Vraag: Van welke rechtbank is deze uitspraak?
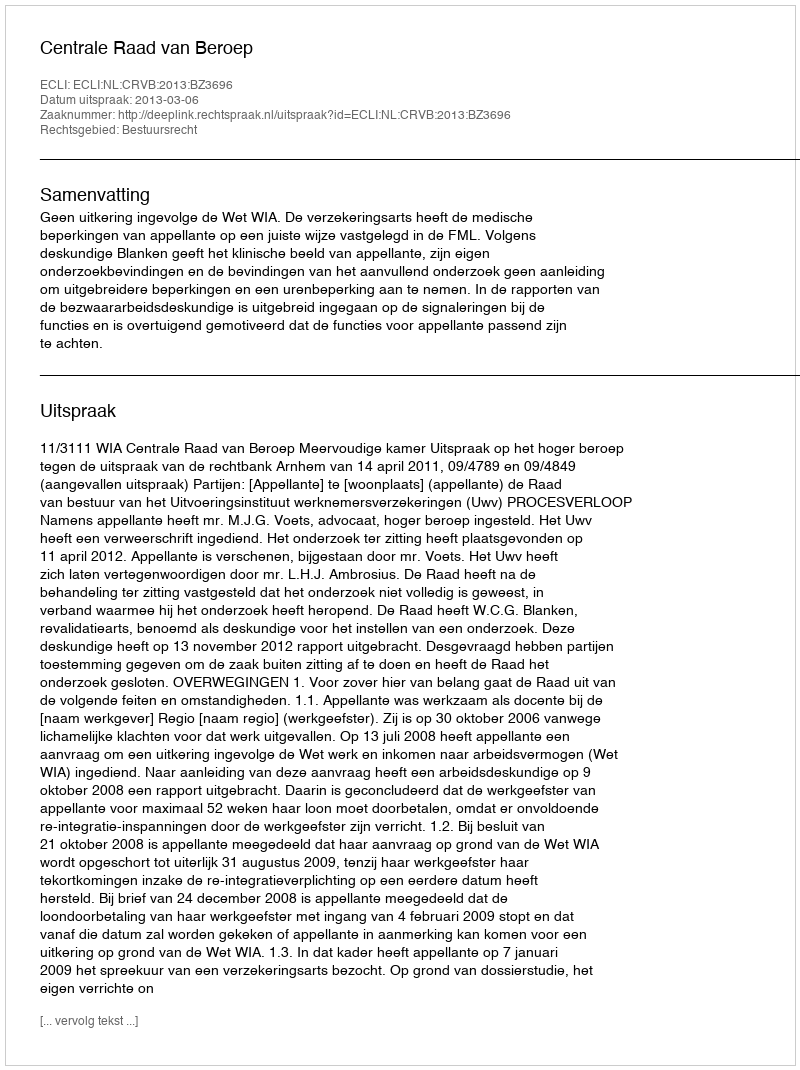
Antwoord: Centrale Raad van Beroep